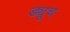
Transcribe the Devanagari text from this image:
ड्यूच